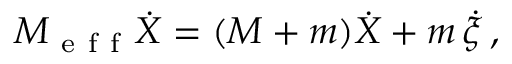
M _ { \mathrm { ~ e ~ f ~ f ~ } } \dot { X } = ( M + m ) \dot { X } + m \, \dot { \xi } \, ,